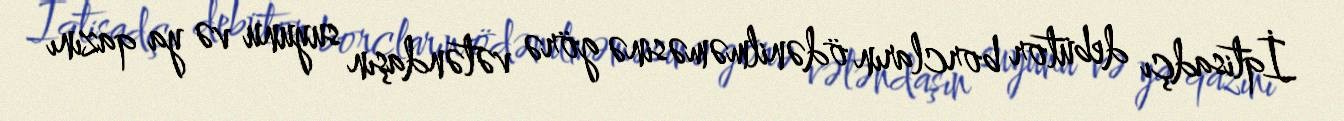
İqtisadçı debütor borcların ödənilməməsinə görə vətəndaşın suyunu və ya qazını